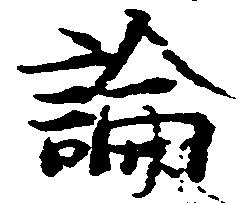
論